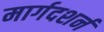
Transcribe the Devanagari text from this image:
मार्गदशर्न